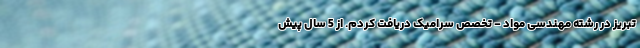
تبریز در رشته مهندسی مواد - تخصص سرامیک دریافت کردم. از 5 سال پیش